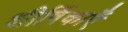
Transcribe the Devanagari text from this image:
शीर्षिकाएँ